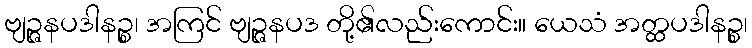
ဗျဉ္ဇနပဒါနဉ္စ၊ အကြင် ဗျဉ္ဇနပဒ တို့၏လည်းကောင်း။ ယေသံ အတ္ထပဒါနဉ္စ၊